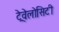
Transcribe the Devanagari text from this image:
ट्रेवेलोसिटी